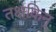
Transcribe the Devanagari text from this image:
तक्षकिन्